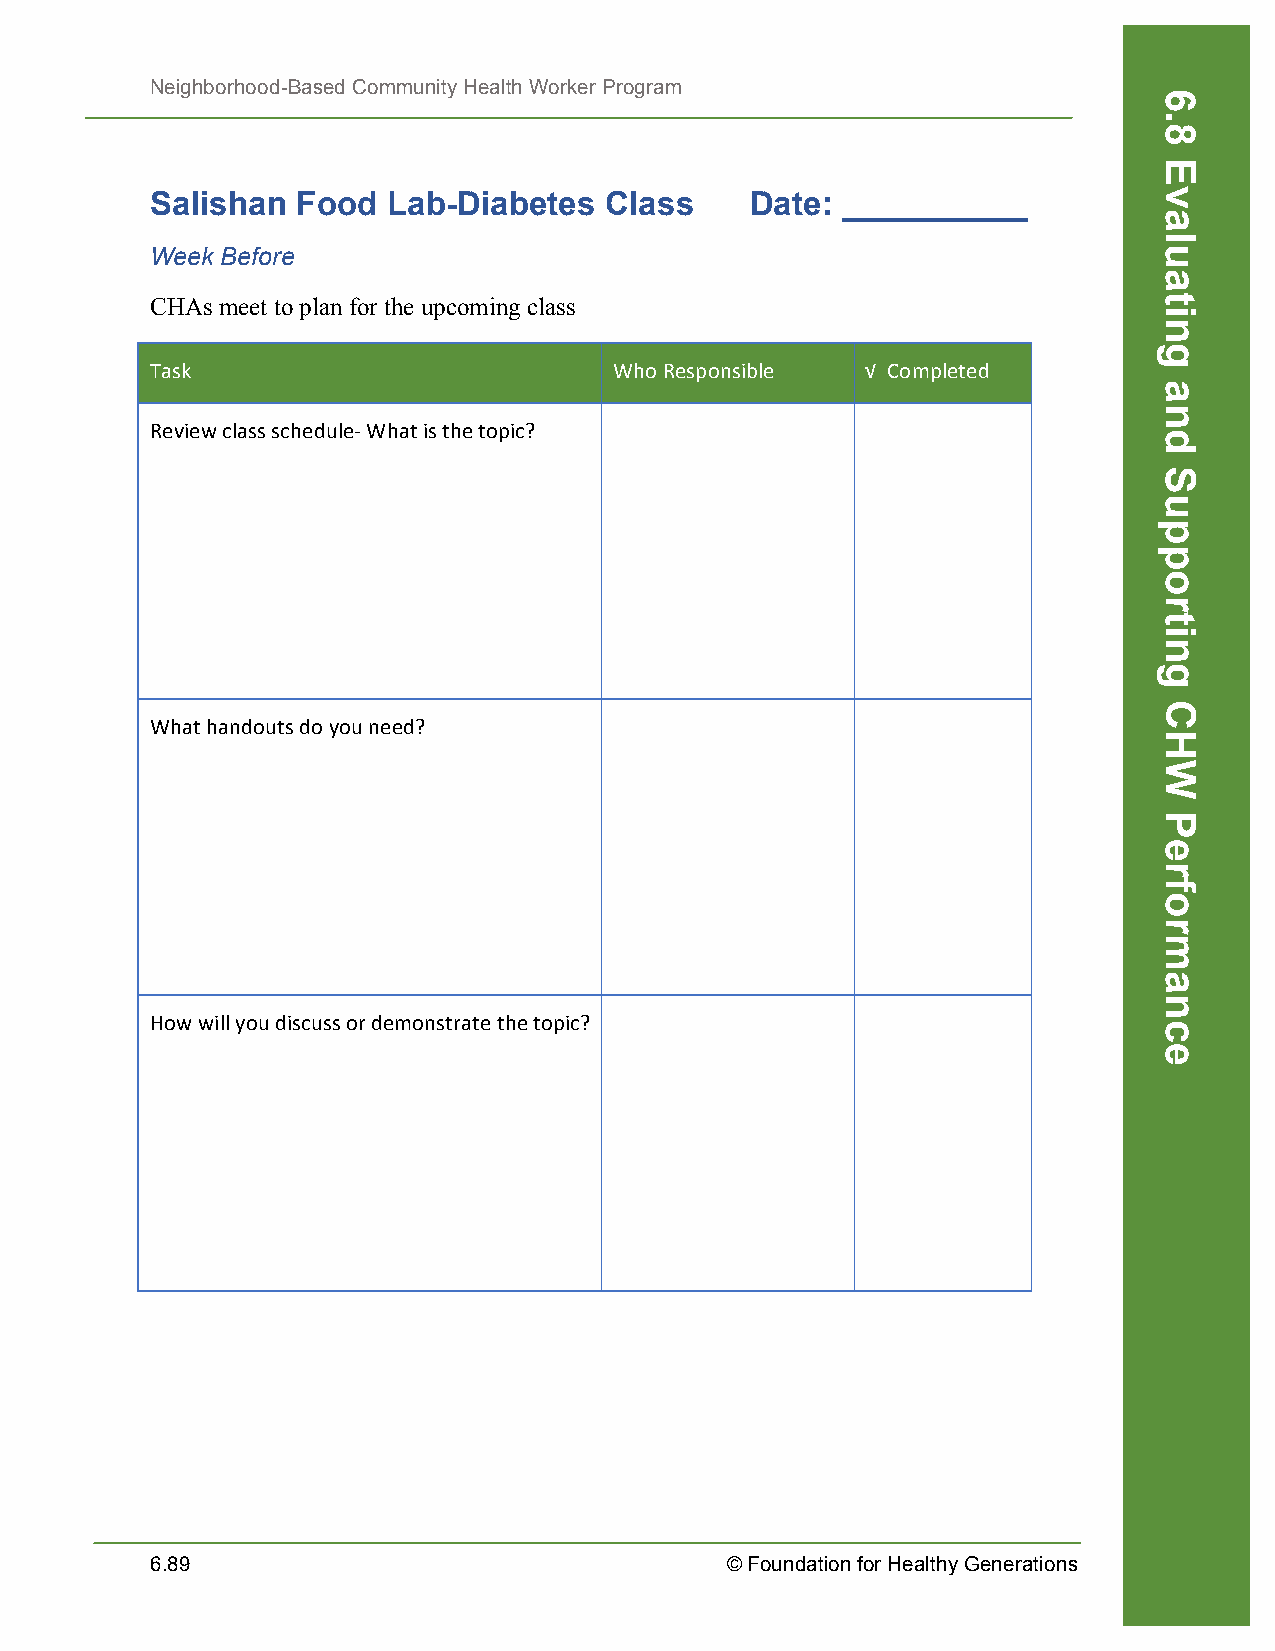
Neighborhood-Based Community Health Worker Program
 Salishan  Food  Lab-Diabetes  Class     Date: __________
 Week Before
 CHAs meet to plan for the upcoming class
 Task                           Who Responsible √ Completed
 Review class schedule-­‐ What is the topic?
 What handouts do you need?
 How will you discuss or demonstrate the topic?
 6.89                                  © Foundation for Healthy Generations
 6.8
 Evaluating
 and
 Supporting
 CHW
 Performance